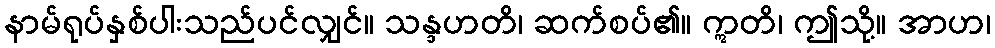
နာမ်ရုပ်နှစ်ပါးသည်ပင်လျှင်။ သန္ဒဟတိ၊ ဆက်စပ်၏။ ဣတိ၊ ဤသို့။ အာဟ၊